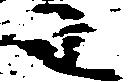
わ